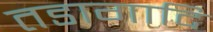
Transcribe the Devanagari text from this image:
तडागादि